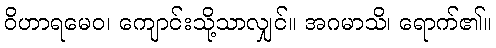
ဝိဟာရမေဝ၊ ကျောင်းသို့သာလျှင်။ အဂမာသိ၊ ရောက်၏။